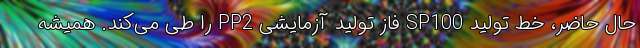
حال حاضر، خط تولید SP100 فاز تولید آزمایشی PP2 را طی می‌کند. همیشه